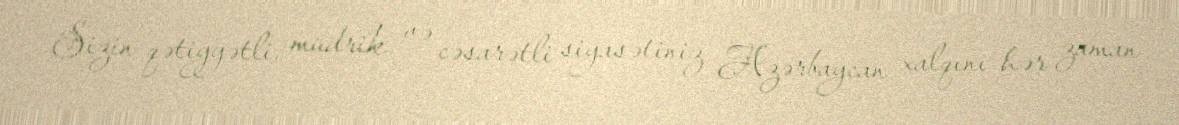
Sizin qətiyyətli, müdrik və cəsarətli siyasətiniz Azərbaycan xalqını hər zaman